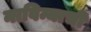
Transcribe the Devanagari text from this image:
नाविन्याची